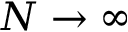
N \to \infty